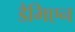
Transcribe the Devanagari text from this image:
डैमिएन